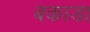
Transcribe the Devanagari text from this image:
बकाडा